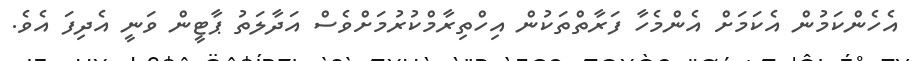
އެހެންކަމުން އެކަމަށް އެންމެހާ ފަރާތްތަކުން އިހްތިރާމްކުރުމަށްވެސް އަދާލަތު ޕާޓީން ވަނީ އެދިފަ އެވެ.